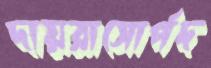
দায়রাসোর্পদ